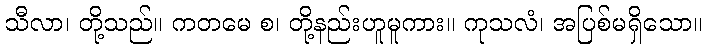
သီလာ၊ တို့သည်။ ကတမေ စ၊ တို့နည်းဟူမူကား။ ကုသလံ၊ အပြစ်မရှိသော။